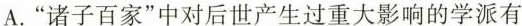
A.”诸子百家”中对后世产生过重大影响的学派有